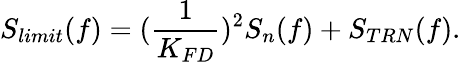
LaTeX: S_{limit}(f)=(\frac{1}{K_{FD}})^{2}S_{n}(f)+S_{TRN}(f).